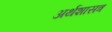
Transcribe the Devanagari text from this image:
अर्थशासत्र